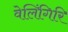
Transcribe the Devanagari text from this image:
वेलिंगिरि